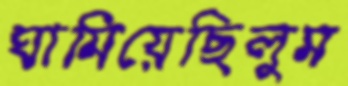
ঘামিয়েছিলুম